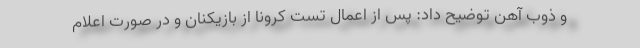
و ذوب آهن توضیح داد: پس از اعمال تست کرونا از بازیکنان و در صورت اعلام